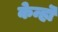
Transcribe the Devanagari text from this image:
केन्हॊ